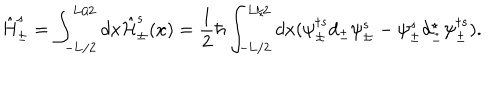
\hat { \mathrm { H } } _ { \pm } ^ { s } = \int _ { - \mathrm { L } / 2 } ^ { \mathrm { L } / 2 } d x \hat { \cal H } _ { \pm } ^ { s } ( x ) = \frac { 1 } { 2 } \hbar \int _ { - \mathrm { L } / 2 } ^ { \mathrm { L } / 2 } d x ( \psi _ { \pm } ^ { \dagger s } d _ { \pm } \psi _ { \pm } ^ { s } - \psi _ { \pm } ^ { s } d _ { \pm } ^ { \star } \psi _ { \pm } ^ { \dagger s } ) .